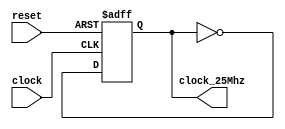
module freq_div_25Mhz(clock, reset, clock_25Mhz);

input clock, reset;
output reg clock_25Mhz;

always@(posedge clock or negedge reset) begin
    if(!reset)
        clock_25Mhz <= 1'b0;
    else
        clock_25Mhz <= ~clock_25Mhz;
end
    
endmodule